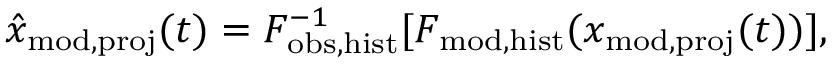
\hat { x } _ { \mathrm { m o d , p r o j } } ( t ) = F _ { \mathrm { o b s , h i s t } } ^ { - 1 } [ F _ { \mathrm { m o d , h i s t } } ( x _ { \mathrm { m o d , p r o j } } ( t ) ) ] ,